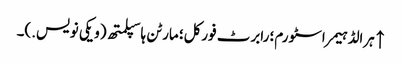
↑ ہرالڈ ہیمر اسٹورم؛ رابرٹ فورکل؛ مارٹن ہاسپلمتھ (ویکی نویس.)۔